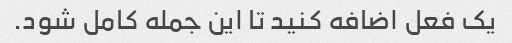
یک فعل اضافه کنید تا این جمله کامل شود.